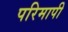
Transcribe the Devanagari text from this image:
परिमापी